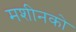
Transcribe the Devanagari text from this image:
मशीनको